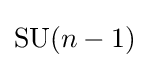
\mathrm {SU} (n-1)